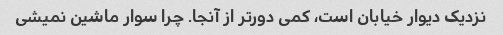
نزدیک دیوار خیابان است، کمی دورتر از آنجا. چرا سوار ماشین نمیشی